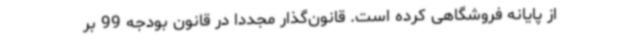
از پایانه فروشگاهی کرده است. قانون‌گذار مجددا در قانون بودجه 99 بر